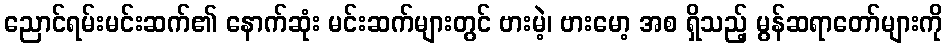
ညောင်ရမ်းမင်းဆက်၏ နောက်ဆုံး မင်းဆက်များတွင် ဗားမဲ့၊ ဗားမော့ အစ ရှိသည့် မွန်ဆရာတော်များကို